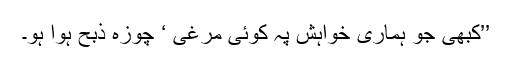
’’کبھی جو ہماری خواہش پہ کوئی مرغی ‘ چوزہ ذبح ہوا ہو۔